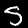
Label: 5